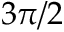
3 \pi / 2